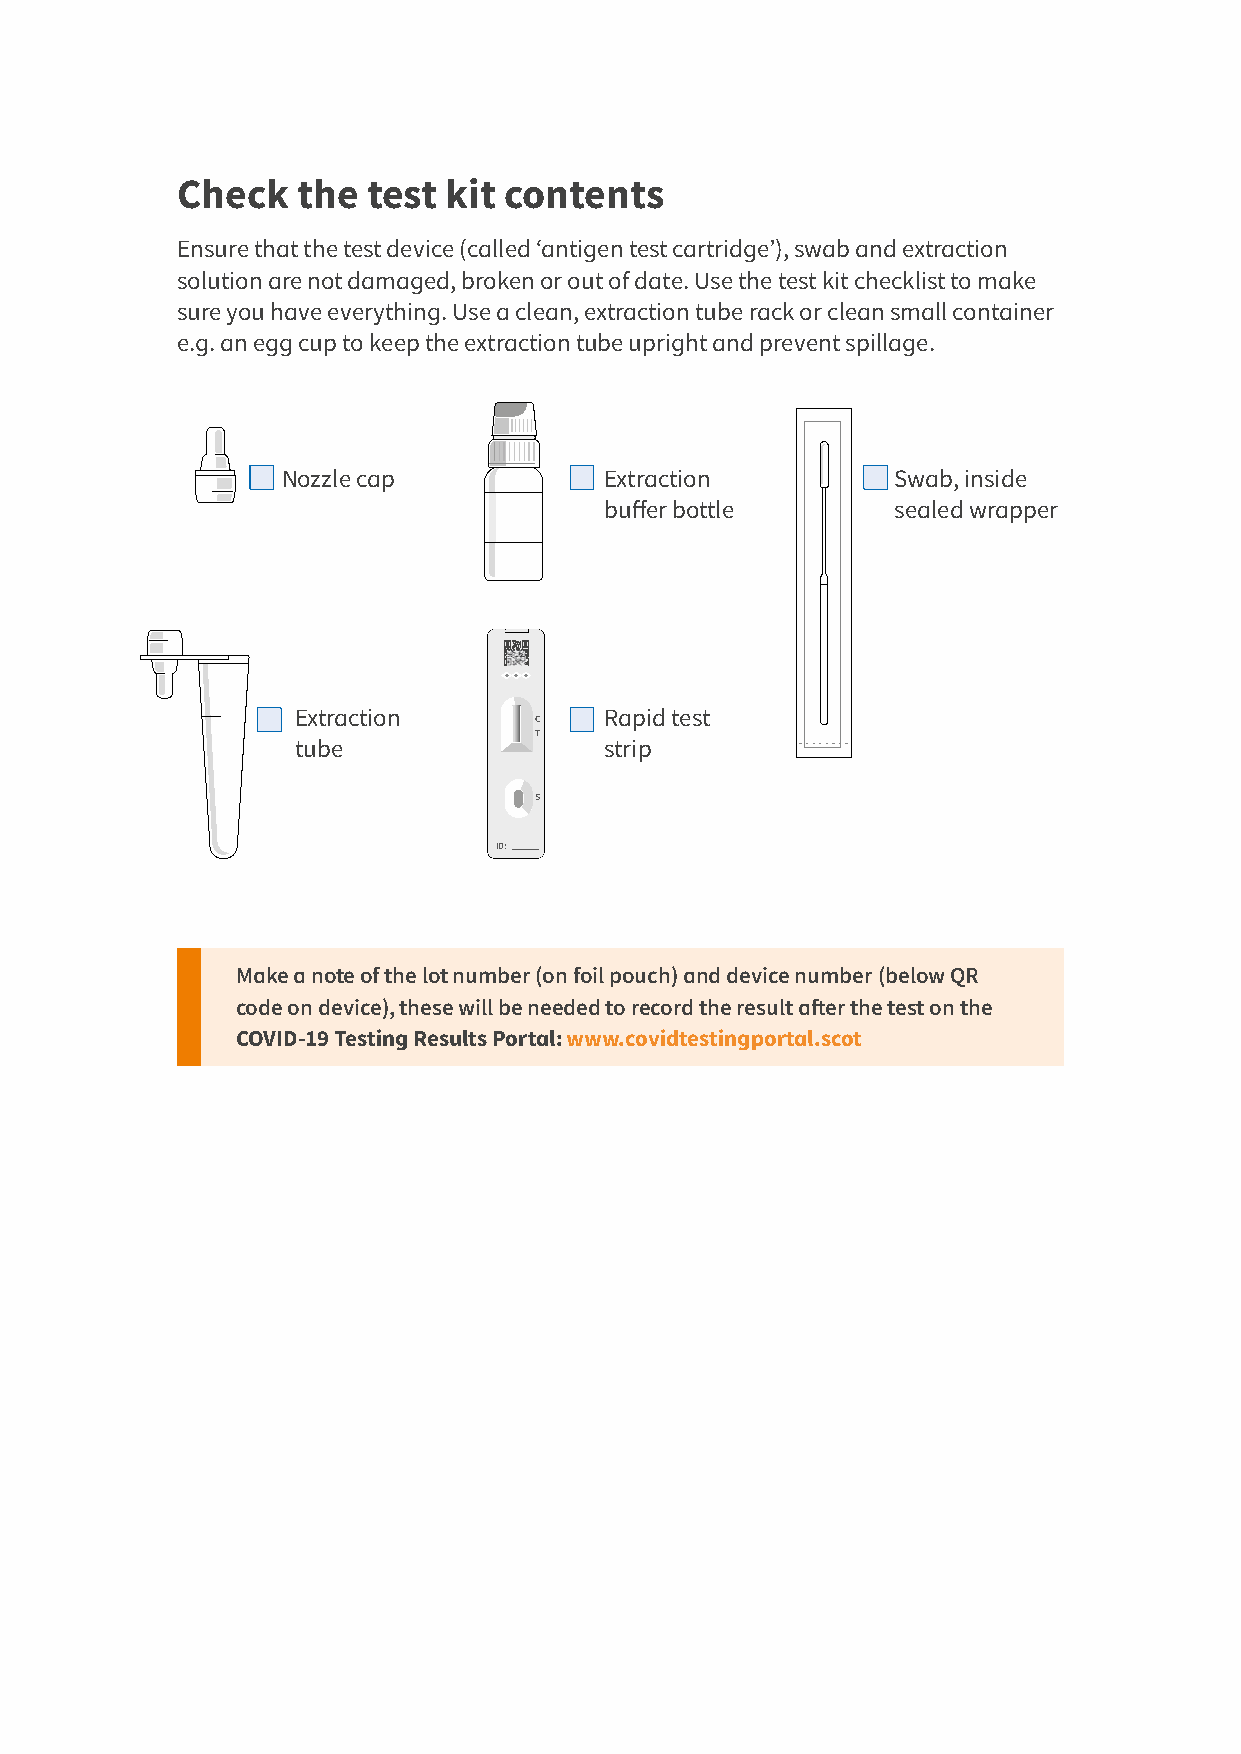
Check   the test  kit contents
 Ensure that the test device (called ‘antigen test cartridge’), swab and extraction
 solution are not damaged, broken or out of date. Use the test kit checklist to make
 sure you have everything. Use a clean, extraction tube rack or clean small container
 e.g. an egg cup to keep the extraction tube upright and prevent spillage.
 Nozzle cap           Extraction         Swab, inside
 buffer bottle      sealed wrapper
 Extraction          Rapid test
 C
 T
 tube                strip
 S
 ID:
 Make a note of the lot number (on foil pouch) and device number (below QR
 code on device), these will be needed to record the result after the test on the
 COVID-19 Testing Results Portal: www.covidtestingportal.scot